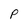
Character: P